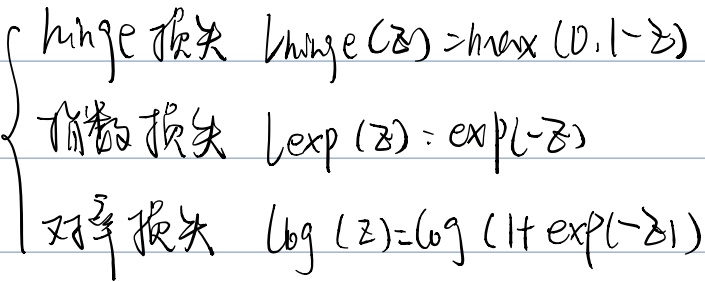
\(\begin{cases}
\text{hinge损失 }L_{\text{hinge}}(z)=\max(0,1 - z)\\
\text{指数损失 }L_{\text{exp}}(z)=\exp(-z)\\
\text{对数损失 }L_{\text{log}}(z)=\log(1 + \exp(-z))
\end{cases}\)